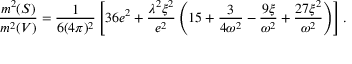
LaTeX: { \frac { m ^ { 2 } ( S ) } { m ^ { 2 } ( V ) } } = { \frac { 1 } { 6 ( 4 \pi ) ^ { 2 } } } \left[ 3 6 e ^ { 2 } + { \frac { \lambda ^ { 2 } \xi ^ { 2 } } { e ^ { 2 } } } \left( 1 5 + { \frac { 3 } { 4 \omega ^ { 2 } } } - { \frac { 9 \xi } { \omega ^ { 2 } } } + { \frac { 2 7 \xi ^ { 2 } } { \omega ^ { 2 } } } \right) \right] .